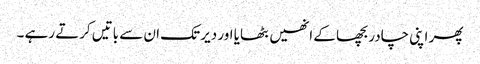
پھر اپنی چادر بچھا کے انھیں بٹھایا اور دیر تک ان سے باتیں کرتے رہے ۔